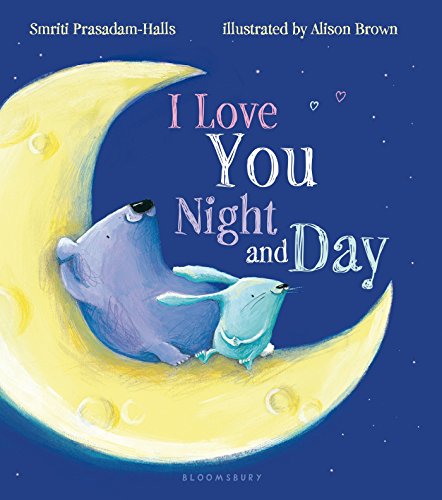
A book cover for I Love You Night and Day; Smriti Prasadam-Halls; Children's Books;